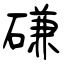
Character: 磏